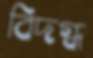
বিদগ্ধ